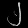
Digit: ၂